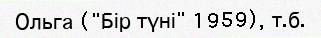
Ольга ("Бір түні" 1959), т.б.